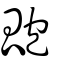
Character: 瓟